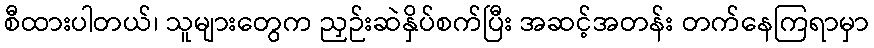
စီထားပါတယ်၊ သူများတွေက ညှဉ်းဆဲနှိပ်စက်ပြီး အဆင့်အတန်း တက်နေကြရာမှာ